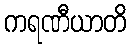
ကရဏီယာတိ